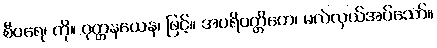
စီဝရေ၊ ကို။ ဝုတ္တနယေန၊ ဖြင့်။ အပရိဝတ္တိတေ၊ မလဲလှယ်အပ်သော်။